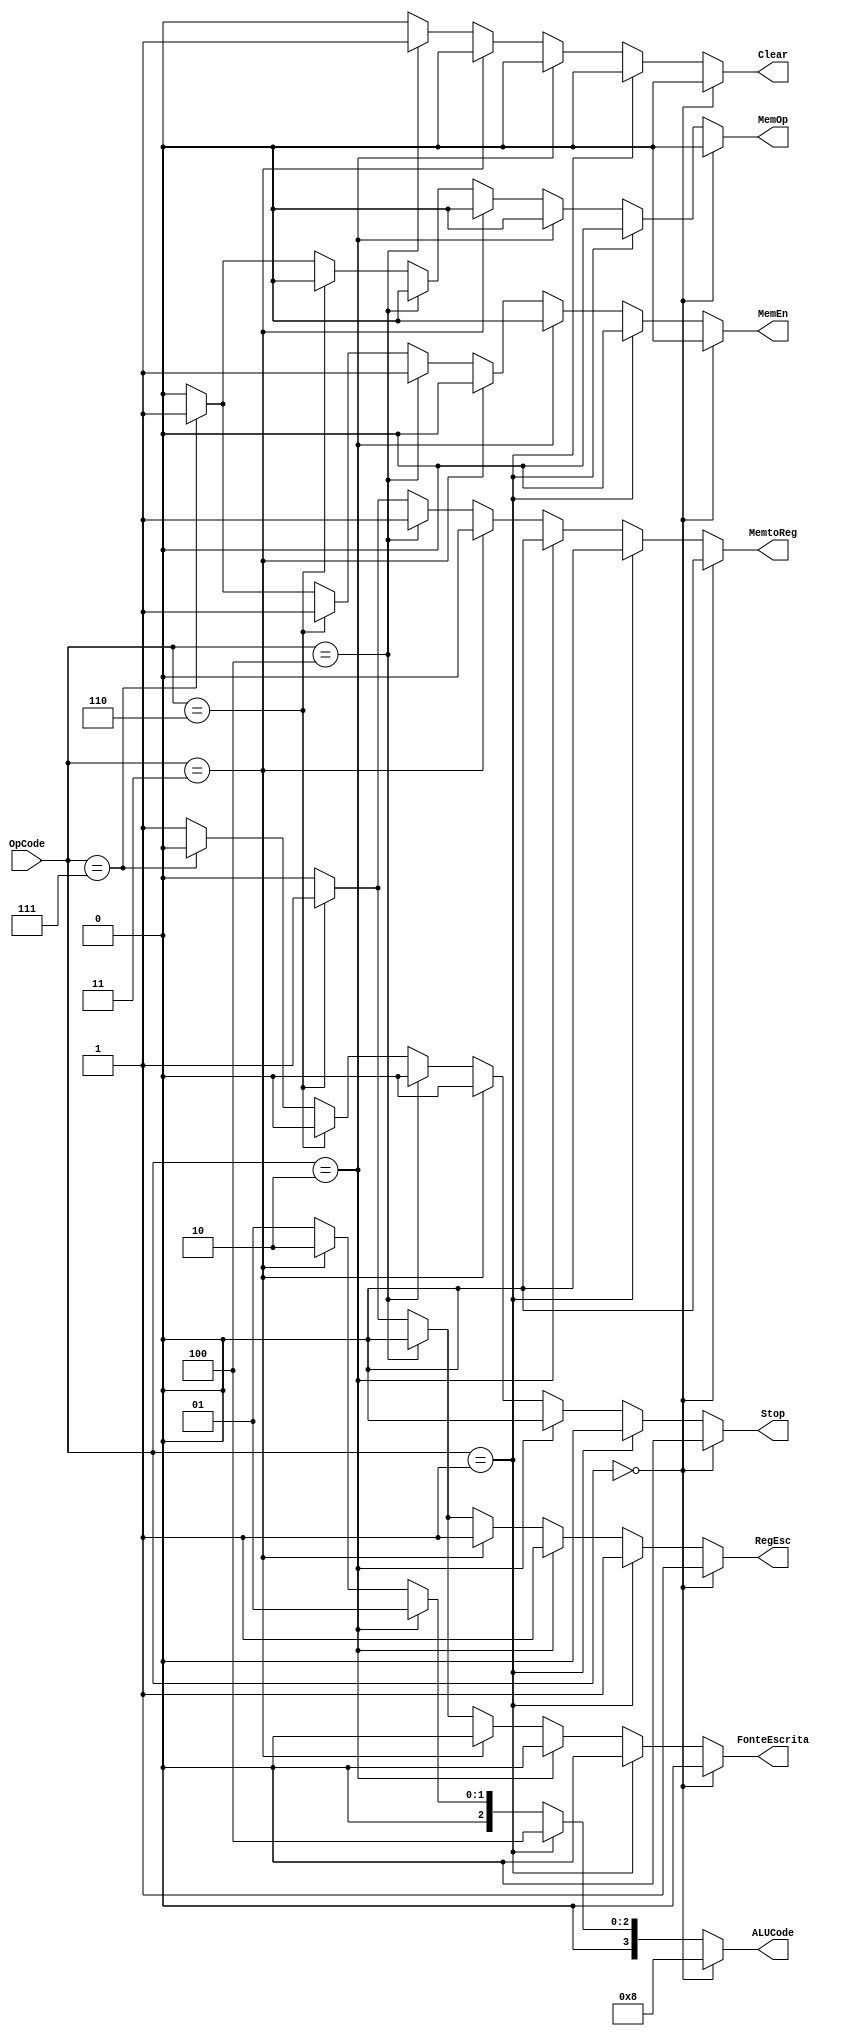
module Controle(
	input wire [2:0] OpCode,
	output reg MemtoReg, MemEn, MemOp, FonteEscrita, RegEsc, Stop, Clear,
	output reg [3:0] ALUCode
);

//O codigo  basicamente um decodificador que gera os sinais de 
//controle a partir do opcode
always @(*)
begin
	//operacao de soma
	if(OpCode == 3'b000)
	begin
		MemtoReg = 1'b0;
		MemEn = 1'b0;
		MemOp = 1'b0;
		FonteEscrita = 1'b0;
		RegEsc = 1'b1;
		ALUCode = 4'b1000;
		Stop = 1'b0;
		Clear = 1'b0;
	end
	//operacao de subtracao
	else if(OpCode == 3'b001)
	begin
		MemtoReg = 1'b0;
		MemEn = 1'b0;
		MemOp = 1'b0;
		FonteEscrita = 1'b0;
		RegEsc = 1'b1;
		ALUCode = 4'b0100;
		Stop = 1'b0;
		Clear = 1'b0;
	end
	//operacao de divisao
	else if(OpCode == 3'b010)
	begin
		MemtoReg = 1'b0;
		MemEn = 1'b0;
		MemOp = 1'b0;
		FonteEscrita = 1'b0;
		RegEsc = 1'b1;
		ALUCode = 4'b0001;
		Stop = 1'b0;
		Clear = 1'b0;
	end
	//operacao de multiplicacao
	else if(OpCode == 3'b011)
	begin
		MemtoReg = 1'b0;
		MemEn = 1'b0;
		MemOp = 1'b0;
		FonteEscrita = 1'b0;
		RegEsc = 1'b1;
		ALUCode = 4'b0010;
		Stop = 1'b0;
		Clear = 1'b0;
	end
	//operacao de memory clear
	else if(OpCode == 3'b100)
	begin
		MemtoReg = 1'b1;
		MemEn = 1'b1;
		MemOp = 1'b0;
		FonteEscrita = 1'b0;
		RegEsc = 1'b0;
		ALUCode = 4'b0001;
		Stop = 1'b0;
		Clear = 1'b1;
	end
	//operacao de memory read
	else if(OpCode == 3'b110)
	begin
		MemtoReg = 1'b1;
		MemEn = 1'b1;
		MemOp = 1'b0;
		FonteEscrita = 1'b1;
		RegEsc = 1'b1;
		ALUCode = 4'b0001;
		Stop = 1'b0;
		Clear = 1'b0;
	end
	//operacao de memory write
	else if(OpCode == 3'b111)
	begin
		MemtoReg = 1'b0;
		MemEn = 1'b1;
		MemOp = 1'b1;
		FonteEscrita = 1'b0;
		RegEsc = 1'b0;
		ALUCode = 4'b0001;
		Stop = 1'b0;
		Clear = 1'b0;
	end
	//operacao de parada
	else
	begin
		MemtoReg = 1'b0;
		MemEn = 1'b0;
		MemOp = 1'b0;
		FonteEscrita = 1'b0;
		RegEsc = 1'b0;
		ALUCode = 4'b0001;
		Stop = 1'b1;
		Clear = 1'b0;
	end
end
endmodule